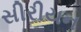
સીરીયન